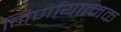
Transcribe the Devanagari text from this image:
निर्णायात्मक